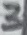
Text: 3